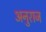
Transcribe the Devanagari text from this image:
अनुराज